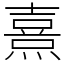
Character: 熹